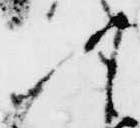
可